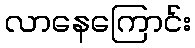
လာနေကြောင်း